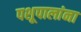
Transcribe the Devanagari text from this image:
पशूपालांना